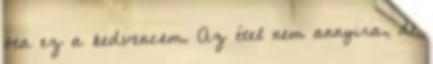
óta ez a kedvencem. Az étel nem annyira, de